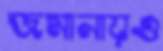
জমানায়ও